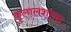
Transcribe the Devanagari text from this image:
कुलालशाला